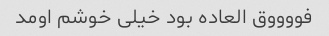
فووووق العاده بود خیلی خوشم اومد